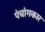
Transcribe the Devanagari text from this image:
पंचांगकार